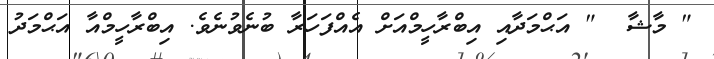
" މާޝާ  " އަޙްމަދާއި އިބްރާހީމްއަށް އެއްފަހަރާ ބުނެވުނެވެ. އިބްރާހީމްއާ އަޙްމަދު